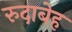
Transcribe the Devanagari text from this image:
रुदाबेह